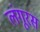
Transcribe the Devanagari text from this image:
लंगूरस